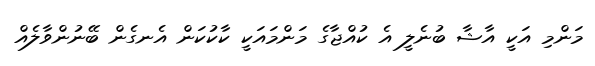
މަންމި އަކީ އާޝާ ބުނެލީ އެ ކުއްޖާގެ މަންމައަކީ ކާކުކަން އެނގެން ބޭނުންވާލެއް